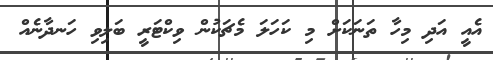
އެއީ އަދި މިހާ ތަނަކަށް މި ކަހަލަ މެޗަކުން ވިކްޓަރީ ބަލިވި ހަނދާނެއް